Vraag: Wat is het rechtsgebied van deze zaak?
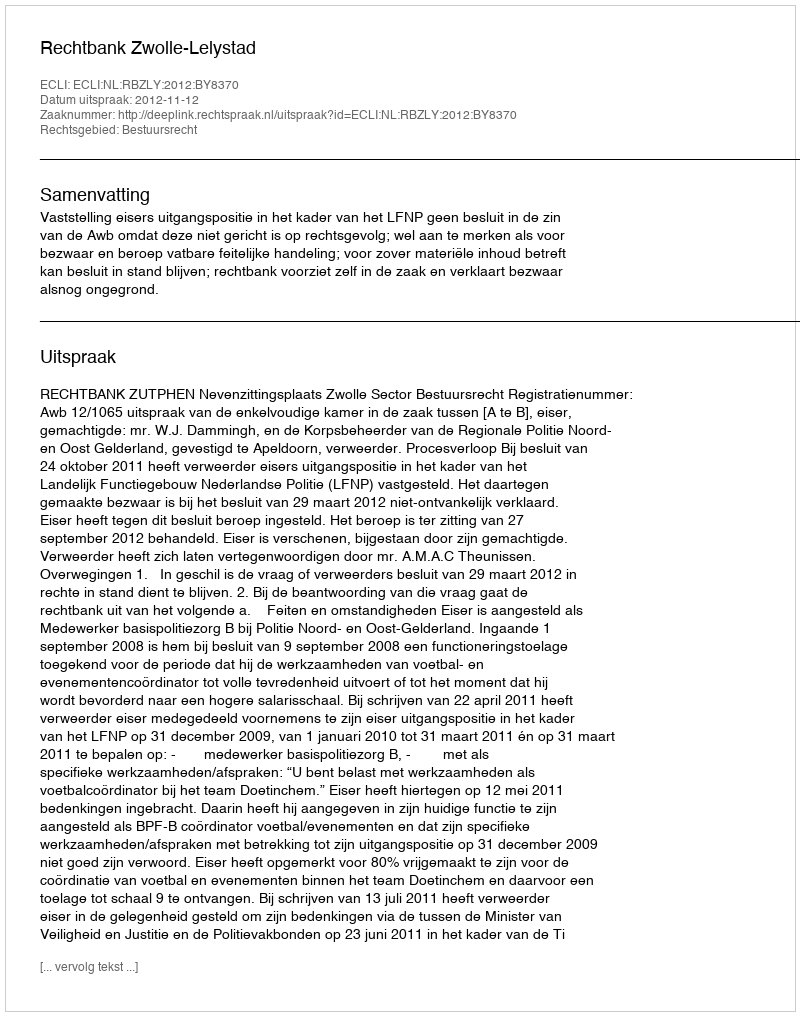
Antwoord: Bestuursrecht